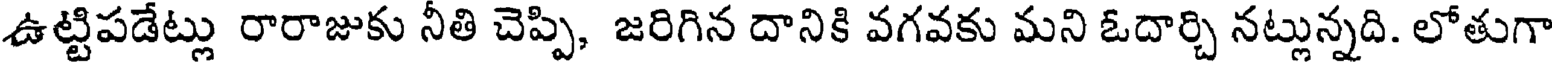
ఉట్టిపడేట్లు రారాజుకు నీతి చెప్పి, జరిగిన దానికి వగవకు మని ఓదార్చి నట్లున్నది. లోతుగా